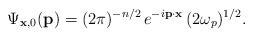
LaTeX: \begin{align*} \Psi_{\mathbf{x},0}(\mathbf{p})=(2\pi)^{-n/2}\,e^{-i\mathbf{p} \cdot \mathbf{x}}\,(2\omega_{p})^{1/2}.\end{align*}